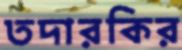
তদারকির